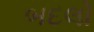
બદલો